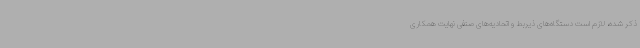
ذکر شده، لازم است دستگاه‌های ذیربط و اتحادیه‌های صنفی نهایت همکاری